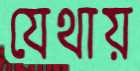
যেথায়